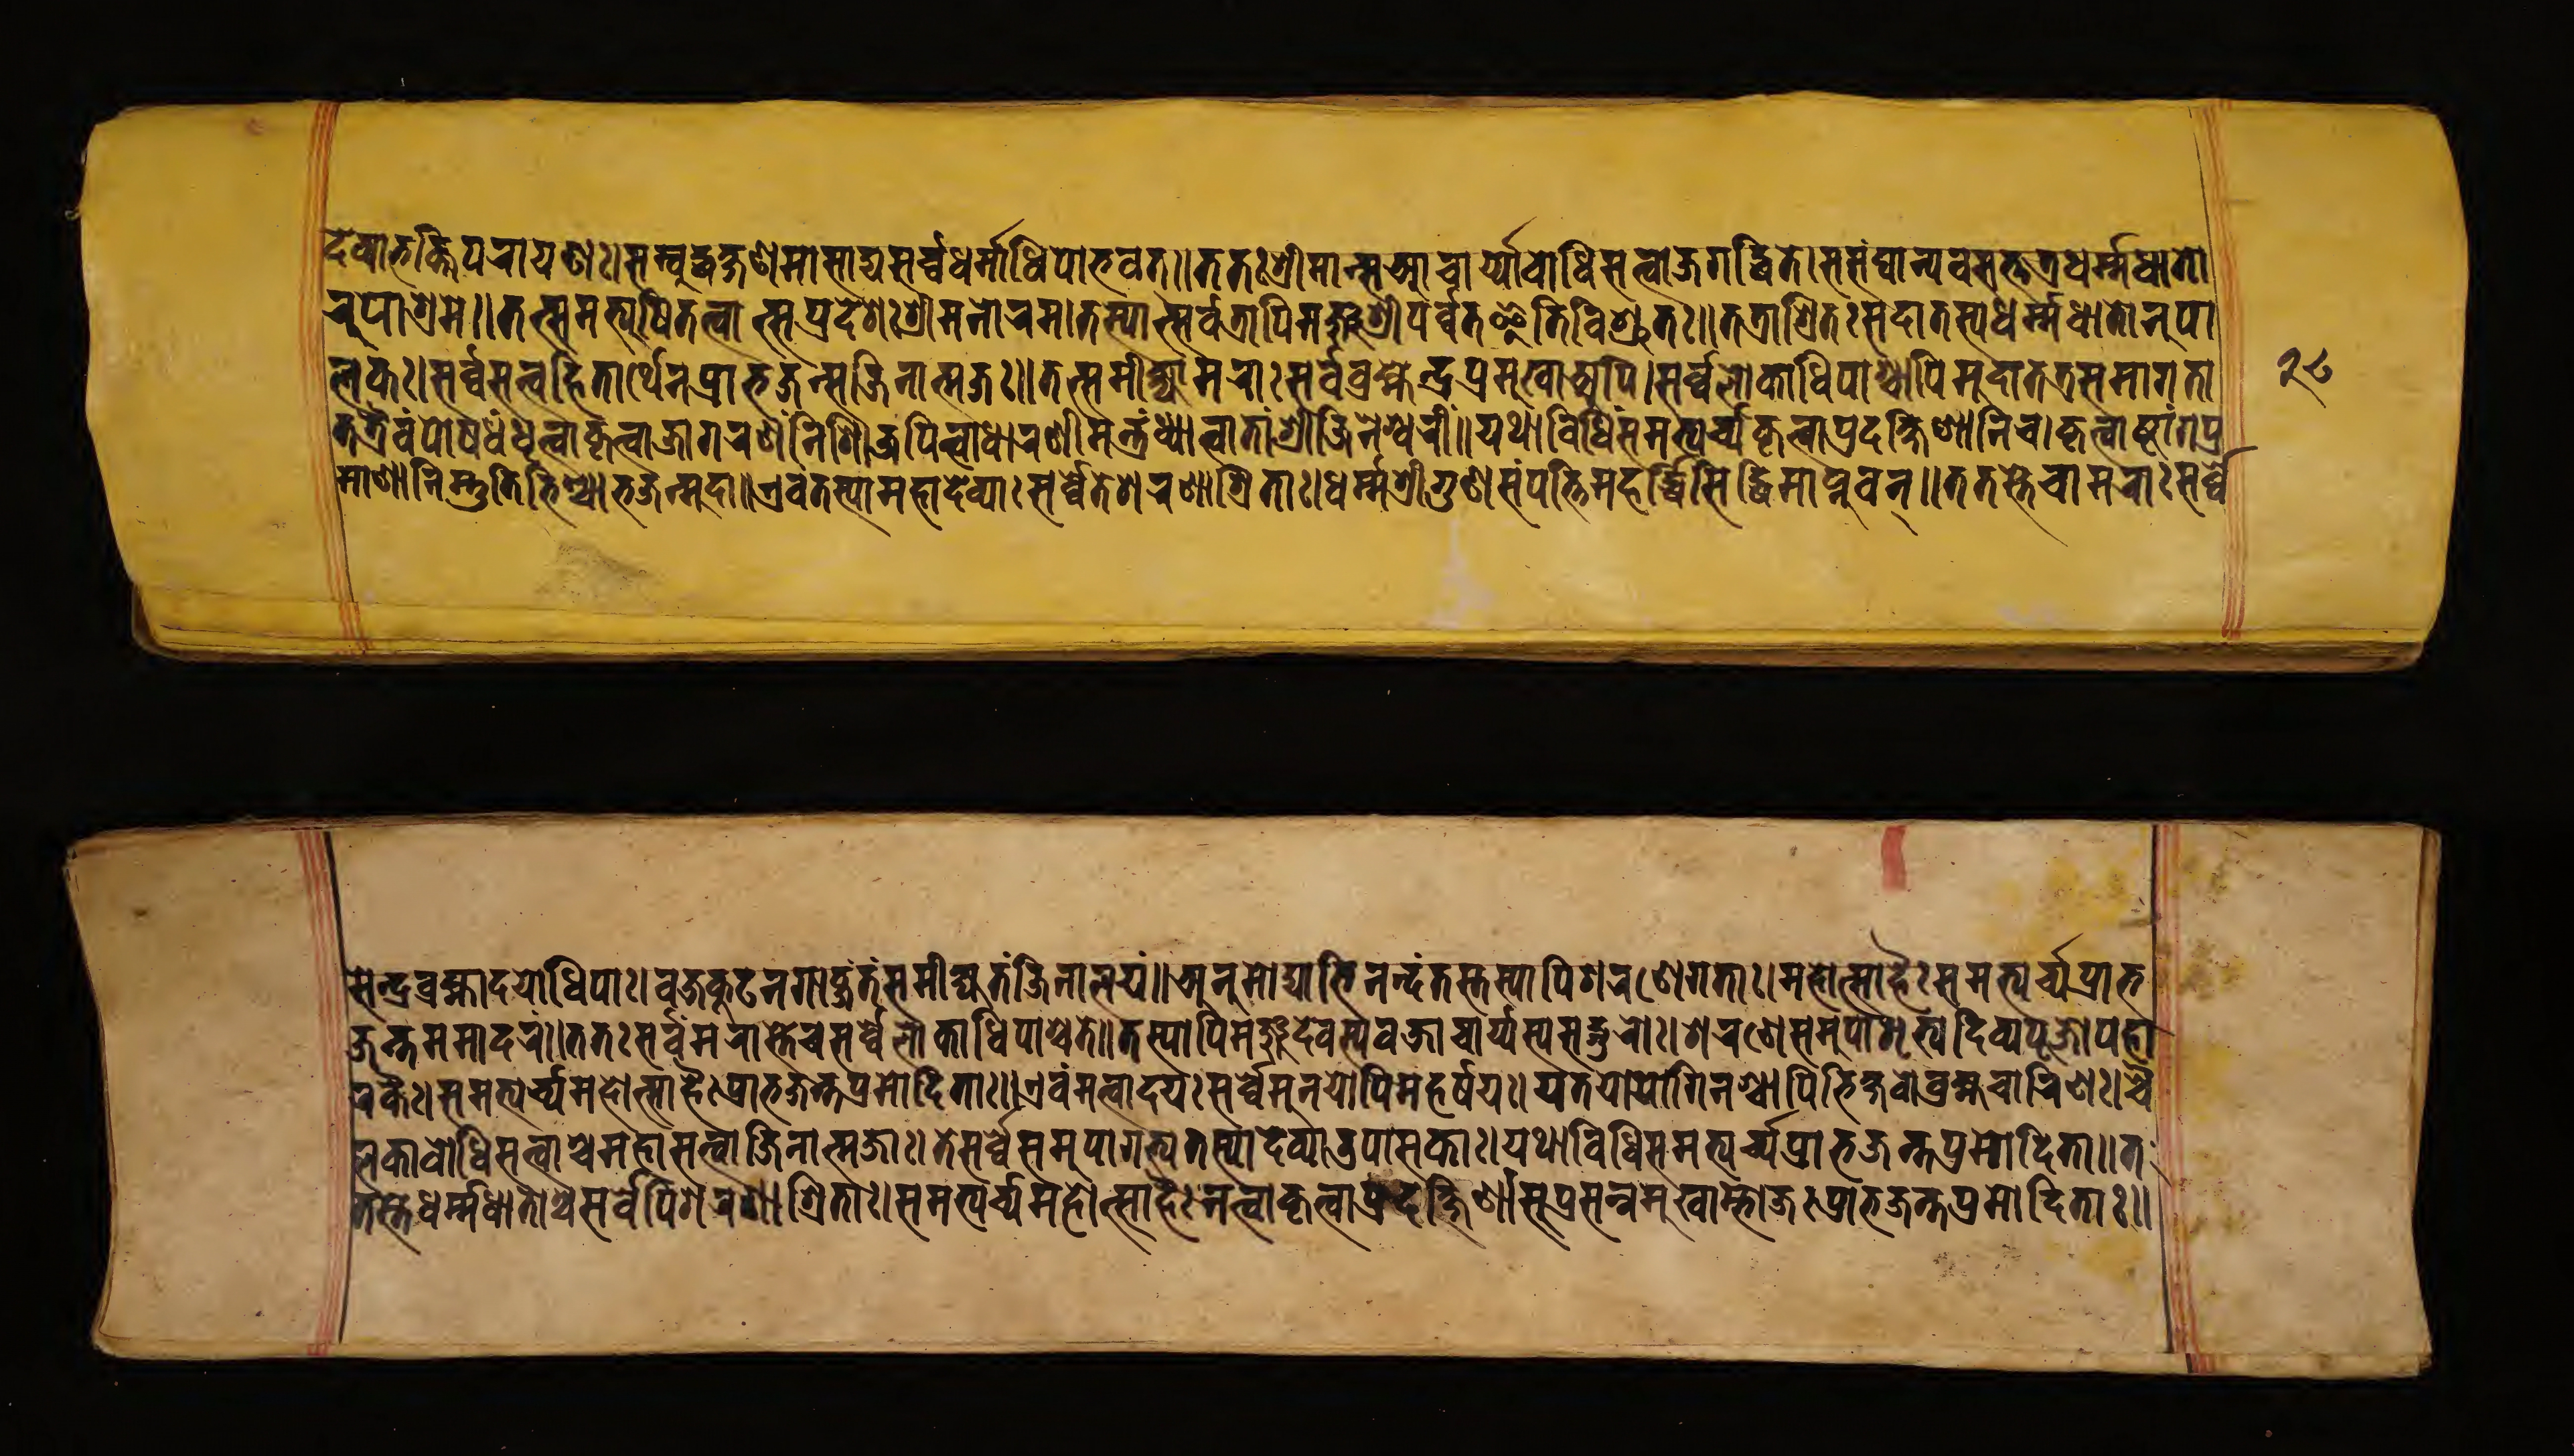
𑐡𑐾𑐰𑑂𑐫𑐵𑐨𑐎𑑂𑐟𑐶𑐥𑐬𑐵𑐫𑐞𑑅।𑐳𑑄𑐧𑐸𑐡𑑂𑐢𑐎𑑂𑐲𑐞𑐩𑐵𑐳𑐵𑐡𑑂𑐫𑐳𑐬𑑂𑐰𑐢𑐬𑑂𑐩𑑂𑐩𑐵𑐢𑐶𑐥𑑀𑐨𑐰𑐟𑑂॥𑐟𑐟𑑅𑐱𑑂𑐬𑐷𑐩𑐵𑐣𑑂𑐳𑐁𑐔𑐵𑐬𑑂𑐫𑑀𑐧𑑀𑐢𑐶𑐳𑐟𑑂𑐟𑑂𑐰𑐖𑐐𑐡𑑂𑐢𑐶𑐟𑐾।𑐳𑐳𑑄𑐑𑐵𑐣𑑂𑐫𑐰𑐳𑐟𑑂𑐟𑐟𑑂𑐬𑐢𑐬𑑂𑐩𑐢𑐵𑐟𑑁 𑐬𑐹𑐥𑐵𑐱𑑂𑐬𑐩𑐾॥𑐟𑐟𑑂𑐳𑐩𑐨𑑂𑐫𑐲𑐶𑐟𑐟𑑂𑐰𑐵𑐟𑑂𑐳𑑄𑐥𑑂𑐬𑐡𑐾𑐱𑑅𑐱𑑂𑐬𑐷𑐩𑐣𑑀𑐴𑐬𑑅।𑐳𑑂𑐫𑐵𑐟𑑂𑐳𑐬𑑂𑐰𑐟𑑂𑐬𑐵𑐥𑐶𑐩𑐘𑑂𑐖𑐸𑐱𑑂𑐬𑐷𑐥𑐬𑑂𑐰𑐟𑐿𑐟𑐶𑐰𑐶𑐱𑑂𑐬𑐸𑐟𑑅॥𑐟𑐟𑑂𑐬𑐱𑑂𑐬𑐶𑐟𑑅𑐳𑐡𑐵𑐥𑑂𑐫𑐳𑑂𑐥𑐢𑐬𑑂𑐩𑑂𑐩𑐢𑐵𑐟𑑀𑐬𑐹𑐥𑐵 𑐳𑐎𑑅।𑐳𑐬𑑂𑐰𑐳𑐟𑑂𑐟𑑂𑐰𑐴𑐶𑐟𑐵𑐬𑑂𑐠𑐾𑐣𑐥𑑂𑐬𑐵𑐨𑐖𑐣𑑂𑐳𑐖𑐶𑐣𑐵𑐟𑑂𑐩𑐖𑑅॥𑐟𑐟𑑂𑐳𑐩𑐷𑐎𑑂𑐲𑐵𑐩𑐮𑐵𑐳𑐬𑑂𑐰𑐾𑐧𑑂𑐬𑐴𑑂𑐩𑐾𑐣𑑂𑐡𑑂𑐬𑐥𑑂𑐬𑐩𑐸𑐏𑐵𑐀𑐥𑐶।𑐳𑐬𑑂𑐰𑐾𑐮𑑀𑐎𑐵𑐢𑐶𑐥𑐵𑐱𑑂𑐔𑐵𑐥𑐶𑐩𑐸𑐡𑐵𑐟𑐟𑑂𑐬𑐳𑐩𑐵𑐐𑐟𑐵 𑐟𑐟𑑂𑐬𑐿𑐰𑑄𑐥𑑀𑐲𑐝𑑄𑐢𑐺𑐟𑑂𑐰𑐵𑐎𑐺𑐟𑑂𑐰𑐵𑐖𑐵𑐐𑐬𑐞𑑄𑐣𑐶𑐱𑐶।𑐄𑐲𑐶𑐟𑑂𑐰𑐵𑐢𑐵𑐬𑐞𑐷𑐩𑐣𑑂𑐟𑑂𑐬𑑅𑐢𑑂𑐫𑐵𑐟𑑂𑐰𑐵𑐟𑐵𑑄𑐱𑑂𑐬𑐷𑐖𑐶𑐣𑐾𑐱𑑂𑐰𑐬𑐷𑑄॥𑐫𑐠𑐵𑐰𑐶𑐢𑐶𑐳𑐩𑐨𑑂𑐫𑐬𑑂𑐔𑑂𑐫𑐎𑐺𑐟𑑂𑐰𑐵𑐥𑑂𑐬𑐡𑐎𑑂𑐲𑐶𑐞𑐵𑐣𑐶𑐔।𑐎𑐺𑐟𑑂𑐰𑐵𑐲𑑂𑐚𑐵𑑄𑐐𑐥𑑂𑐬 𑐩𑐵𑐞𑐵𑐣𑐶𑐳𑑂𑐟𑐸𑐟𑐶𑐨𑐶𑐱𑑂𑐔𑐵𑐨𑐖𑑄𑐩𑐸𑐡𑐵॥𑐊𑐰𑑄𑐟𑐳𑑂𑐫𑐵𑐩𑐴𑐵𑐡𑐾𑐰𑑂𑐫𑐵𑑅𑐳𑐬𑑂𑐰𑐾𑐟𑐿𑐱𑐬𑐞𑐵𑐱𑑂𑐬𑐶𑐟𑐵𑑅।𑐢𑐬𑑂𑐩𑐱𑑂𑐬𑐷𑐐𑐸𑐞𑐳𑑄𑐥𑐟𑑂𑐟𑐶𑐩𑐴𑐬𑑂𑐡𑑂𑐢𑐶𑐳𑐶𑐡𑑂𑐢𑐶𑐩𑐵𑐥𑑂𑐣𑐸𑐰𑐣𑑂॥𑐟𑐟𑐳𑑂𑐟𑐾𑐔𑐵𑐩𑐬𑐵𑑅𑐳𑐬𑑂𑐰𑐾 𑐳𑐾𑐣𑑂𑐡𑑂𑐬𑐧𑑂𑐬𑐴𑑂𑐩𑐵𑐡𑐫𑐵𑐢𑐶𑐥𑐵𑑅।𑐰𑐖𑑂𑐬𑐎𑐹𑐚𑑄𑐣𑐐𑐵𑐰𑑂𑐖𑑄𑐟𑑄𑐳𑐩𑐷𑐎𑑂𑐲𑑂𑐫𑐣𑑂𑐟𑐾𑐖𑐶𑐣𑐵𑐮𑐫𑑄॥𑐀𑐣𑐸𑐩𑑀𑐡𑑂𑐫𑐵𑐨𑐶𑐣𑐣𑑂𑐡𑐣𑑂𑐟𑐾𑐳𑑂𑐟𑐳𑑂𑐫𑐵𑐥𑐶𑐱𑐬𑐞𑐾𑐐𑐟𑐵𑑅।𑐩𑐴𑑀𑐟𑑂𑐳𑐵𑐴𑐿𑑅𑐳𑐩𑐨𑑂𑐫𑐬𑑂𑐔𑑂𑐫𑐥𑑂𑐬𑐨 𑐖𑐣𑑂𑐟𑐳𑐩𑐵𑐡𑐬𑑄॥𑐟𑐟𑑅𑐳𑐬𑑂𑐰𑐾𑐩𑐬𑐵𑐳𑑂𑐟𑐿𑐔𑐳𑐬𑑂𑐰𑐿𑐮𑑀𑐎𑐵𑐢𑐶𑐥𑐵𑐱𑑂𑐔𑐟𑐾॥𑐀𑐳𑑂𑐫𑐵𑐥𑐶𑐩𑐘𑑂𑐖𑐸𑐊𑐡𑐾𑐰𑐳𑑂𑐫𑐰𑐖𑑂𑐬𑐵𑐔𑐵𑐬𑑂𑐫𑐳𑑂𑐫𑐳𑐡𑑂𑐐𑐸𑐬𑑀𑑅।𑐱𑐬𑐞𑐾𑐳𑐩𑐸𑐥𑐵𑐳𑐺𑐟𑑂𑐫𑐡𑐶𑐰𑑂𑐫𑐥𑐹𑐖𑑀𑐥𑐴𑐵 𑐬𑐎𑐿𑑅।𑐳𑐩𑐨𑑂𑐫𑐬𑑂𑐔𑑂𑐫𑐩𑐴𑑀𑐟𑑂𑐳𑐵𑐴𑐿𑑅𑐥𑑂𑐬𑐵𑐨𑐖𑐣𑑂𑐟𑐥𑑂𑐬𑐩𑑀𑐡𑐶𑐟𑐵𑑅॥𑐊𑐰𑑄𑐩𑐣𑑂𑐰𑐵𑐡𑐫𑑅𑐳𑐬𑑂𑐰𑐾𑐩𑐣𑐸𑐫𑑀𑐥𑐶𑐫𑑅𑐩𑐴𑐬𑑂𑐲𑐫𑑅।𑐫𑐟𑐫𑑀𑐐𑐶𑐣𑐱𑑂𑐔𑐵𑐥𑐶𑐨𑐶𑐎𑑂𑐲𑐰𑑀𑐧𑑂𑐬𑐴𑑂𑐩𑐔𑐵𑐬𑐶𑐞𑑅।𑐔𑐿 𑐮𑐎𑐵𑐧𑑀𑐢𑐶𑐳𑐟𑑂𑐟𑑂𑐰𑐵𑐱𑑂𑐔𑐩𑐴𑐵𑐳𑐟𑑂𑐟𑑂𑐰𑐵𑐖𑐶𑐣𑐵𑐟𑑂𑐩𑐖𑐵𑑅।𑐟𑐾𑐳𑐬𑑂𑐰𑐾𑐳𑐩𑐸𑐥𑐵𑐐𑐟𑑂𑐫𑐟𑐳𑑂𑐫𑐵𑐡𑐾𑐰𑑂𑐫𑐵𑐄𑐥𑐵𑐳𑐎𑐵𑑅॥𑐫𑐠𑐵𑐰𑐶𑐢𑐶𑐳𑐩𑐨𑑂𑐫𑐬𑑂𑐔𑑂𑐫𑐥𑑂𑐬𑐵𑐨𑐖𑐣𑑂𑐟𑐥𑑂𑐬𑐩𑑀𑐡𑐶𑐟𑐵॥𑐟 𑐟𑐳𑑂𑐟𑐾𑐢𑐬𑑂𑐩𑑂𑐩𑐢𑐵𑐟𑑁𑐱𑑂𑐔𑐳𑐬𑑂𑐰𑐾𑐥𑐶𑐱𑐬𑐞𑐵𑐱𑑂𑐬𑐶𑐟𑐵𑑅।𑐳𑐩𑐨𑑂𑐫𑐬𑑂𑐔𑑂𑐫𑐩𑐴𑑀𑐟𑑂𑐳𑐵𑐴𑐿𑑅𑐣𑐟𑑂𑐰𑐵𑐎𑐺𑐟𑑂𑐰𑐵𑐥𑑂𑐬𑐡𑐎𑑂𑐲𑐶𑐞𑐵𑑄।𑐳𑐸𑐥𑑂𑐬𑐳𑐣𑑂𑐣𑐩𑐸𑐏𑐵𑐩𑑂𑐨𑑀𑐖𑐵𑐣𑑂𑐟𑐥𑑂𑐬𑐩𑑀𑐡𑐶𑐟𑑅॥ 𑑒𑑘